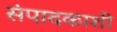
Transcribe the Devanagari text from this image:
संपादकाशी